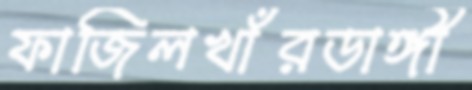
ফাজিলখাঁরডাঙ্গী